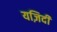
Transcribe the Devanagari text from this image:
यज़िदी